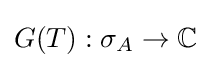
G(T):\sigma _{A}\to \mathbb {C}